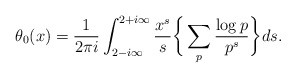
\begin{align*} \theta_0(x) = \frac{1}{2\pi i} \int_{2-i\infty}^{2+i\infty} \frac{x^s}{s} \bigg\{ \sum_p \frac{\log p}{p^s} \bigg\} ds.\end{align*}